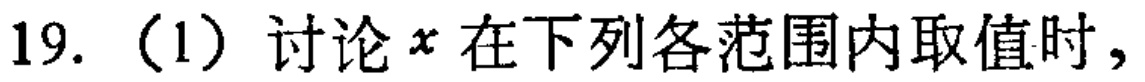
19.（1）讨论\(x\)在下列各范围内取值时，